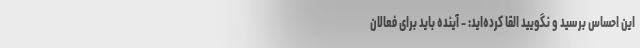
این احساس برسید و نگویید القا کرده‌اید: - آینده باید برای فعالان